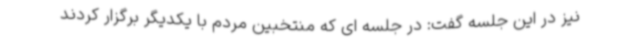
نیز در این جلسه گفت: در جلسه ای که منتخبین مردم با یکدیگر برگزار کردند